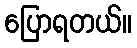
ပြောရတယ်။